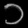
Digit: ၁